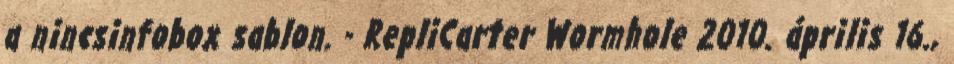
a nincsinfobox sablon. - RepliCarter Wormhole 2010. április 16.,